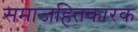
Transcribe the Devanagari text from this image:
समाजहितकारक